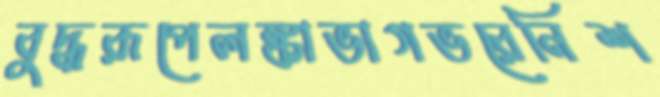
বুদ্ধরূপেলঙ্কাভাগভরেনিশ